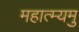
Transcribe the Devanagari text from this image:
महात्म्यमु